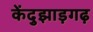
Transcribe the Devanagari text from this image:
केंदुझाड़गढ़